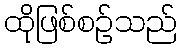
ထိုဖြစ်စဉ်သည်